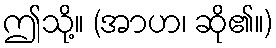
ဤသို့။ (အာဟ၊ ဆို၏။)